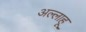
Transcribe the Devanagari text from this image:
अल्लाहू